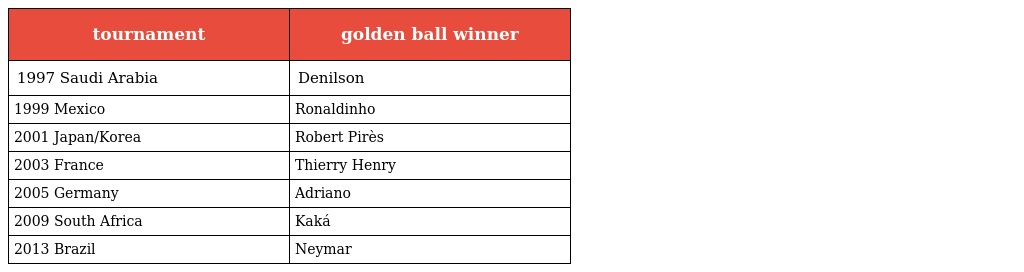
| tournament | golden ball winner |
 | --- | --- |
 | 1997 Saudi Arabia | Denilson |
 | 1999 Mexico | Ronaldinho |
 | 2001 Japan/Korea | Robert Pirès |
 | 2003 France | Thierry Henry |
 | 2005 Germany | Adriano |
 | 2009 South Africa | Kaká |
 | 2013 Brazil | Neymar |